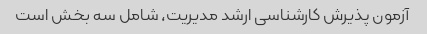
آزمون پذیرش کارشناسی ارشد مدیریت، شامل سه بخش است